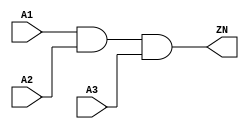
module AND3_X4 (A1, A2, A3, ZN);
  input A1;
  input A2;
  input A3;
  output ZN;

  and(ZN, i_4, A3);
  and(i_4, A1, A2);


endmodule